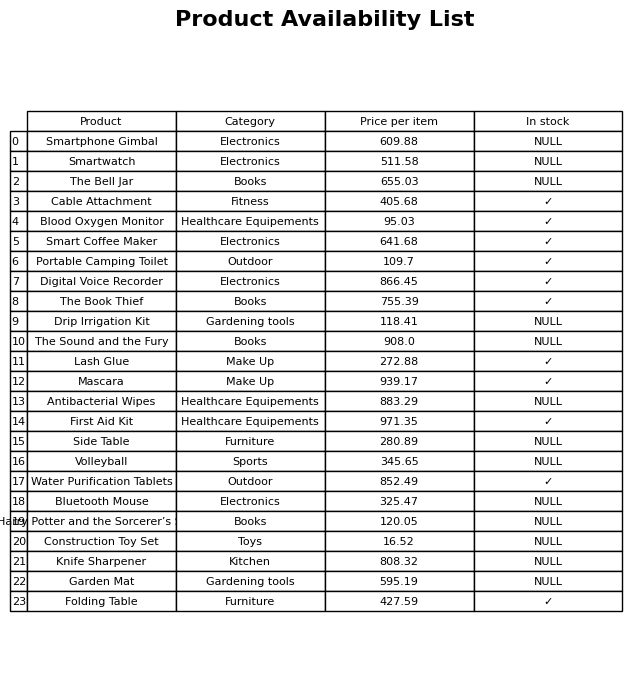
question: What is the price for Drip Irrigation Kit?
answer: The price of Drip Irrigation Kit is 118.41.